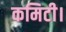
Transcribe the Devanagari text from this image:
कमिटी।